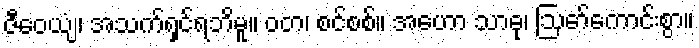
ဇီဝေယျံ၊ အသက်ရှင်ရဘိမူ။ ဝတ၊ စင်စစ်။ အဟော သာဓု၊ ဩော်ကောင်းစွာ။